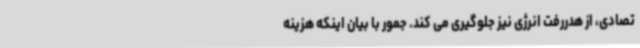
تصادی، از هدررفت انرژی نیز جلوگیری می کند. جمور با بیان اینکه هزینه